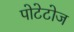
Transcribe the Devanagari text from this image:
पोटेटोज